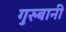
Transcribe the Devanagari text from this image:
गुरुबानी